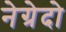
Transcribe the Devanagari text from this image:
नेग्रेदो